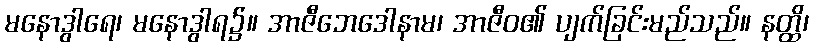
မနောဒွါရေ၊ မနောဒွါရ၌။ အာဇီဘေဒေါနာမ၊ အာဇီဝ၏ ပျက်ခြင်းမည်သည်။ နတ္ထိ၊